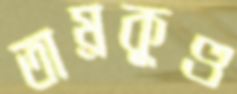
তাম্রকুণ্ড